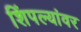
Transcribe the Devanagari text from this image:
शिंपल्यांवर